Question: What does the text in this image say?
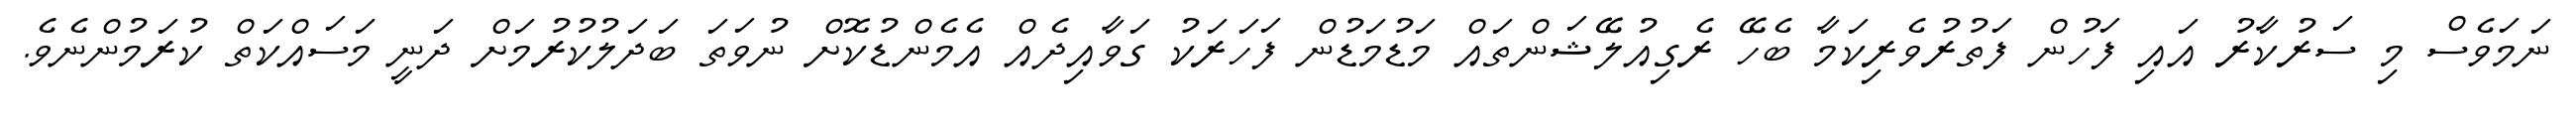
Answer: ނަމަވެސް މި ސަރުކާރު އައި ފަހުން ފަތުރުވެރިކަމާ ބެހޭ ރެގިއުލޭޝަންތައް މަޑުމަޑުން ފަހަރަކު ގަވާއިދެއް އެމެންޑުކޮށް ނުވަތަ ބަދަލުކުރުމަށް ދަނީ މަސައްކަތް ކުރަމުންނެވެ.